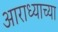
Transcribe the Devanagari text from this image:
आराध्याच्या